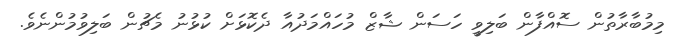
މިމުބާރާތުން ސޮއްފާން ބަލިވީ ހަސަން ޝާޒް މުހައްމަދުއާ ދެކޮޅަށް ކުޅުނު މެޗުން ބަލިވުމުންނެވެ.